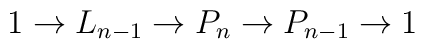
1 \to L_{n-1} \to P_n \to P_{n-1} \to 1